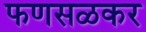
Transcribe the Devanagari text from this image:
फणसळकर